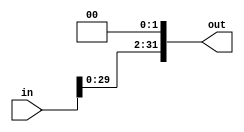
module ShiftLeftII(input [31:0] in, output [31:0] out);
	assign out = in << 2;
endmodule